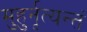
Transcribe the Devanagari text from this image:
मुहुर्नृत्यन्तं